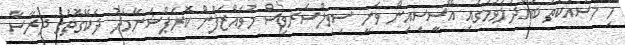
މި މަސައްކަތު ބައްދަލުވުމުގައި އޭސީސިއިން ވަނީ ސިވިލްސަރވިސް މުވައްޒަފުން ކޮރަޕްޝަނާމެދު ދެކޭގޮތުގެ ދިރާސާ